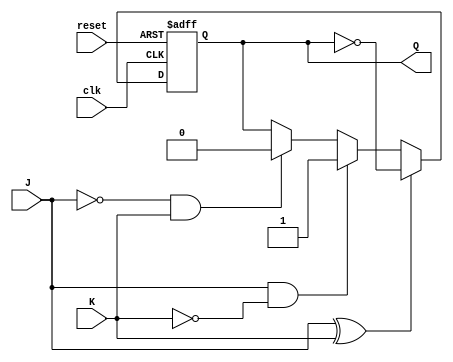
module T_FF_with_JK (
    input clk,
    input reset,
    input J,
    input K,
    output reg Q
);

reg T;

always @(posedge clk or posedge reset) begin
    if (reset) begin
        Q <= 1'b0;
    end else begin
        if (T) begin
            Q <= ~Q;
        end else begin
            if (J & ~K) begin
                Q <= 1'b1;
            end else if (~J & K) begin
                Q <= 1'b0;
            end
        end
    end
end

assign T = J ^ K;

endmodule